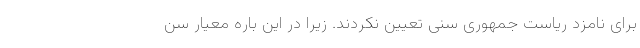
برای نامزد ریاست جمهوری سنی تعیین نکردند. زیرا در این باره معیار سن